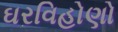
ઘરવિહોણો